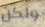
ولكن